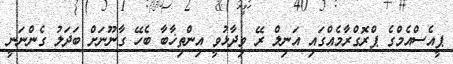
ޕީއެސްއެމްގެ ޕްރޮގްރާމެއްގައި އަނިލް ރޭ ވިދާޅުވީ އިންތިޚާބާ ބެހޭ ގާނޫނަށް ބަދަލު ގެންނަނީ